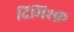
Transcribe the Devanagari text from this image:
दिमिश्क़